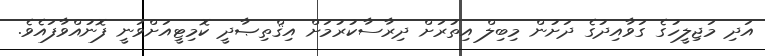
އަދި މަޖިލީހުގެ ގަވާއިދުގެ ދަށުން މިބިލް އިތުރަށް ދިރާސާކުރުމަށް އިޤްތިޞާދީ ކޮމިޓީއަށްވަނީ ފޮނުއްވާފައެވެ.